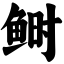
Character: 鲥